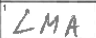
Transcription: LMA